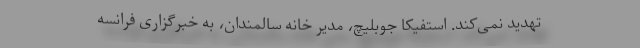
تهدید نمی‌کند. استفیکا جوبلیچ، مدیر خانه سالمندان، به خبرگزاری فرانسه